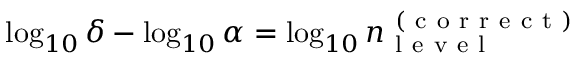
\log _ { 1 0 } \delta - \log _ { 1 0 } \alpha = \log _ { 1 0 } n _ { \mathrm { ~ l ~ e ~ v ~ e ~ l ~ } } ^ { \mathrm { ~ ( ~ c ~ o ~ r ~ r ~ e ~ c ~ t ~ ) ~ } }